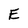
Character: E